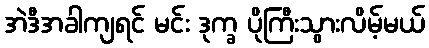
အဲဒီအခါကျရင် မင်း ဒုက္ခ ပိုကြီးသွားလိမ့်မယ်